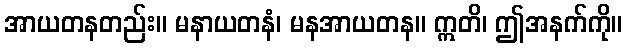
အာယတနတည်း။ မနာယတနံ၊ မနအာယတန။ ဣတိ၊ ဤအနက်ကို။